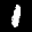
Label: 1